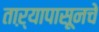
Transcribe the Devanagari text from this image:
ताऱ्यापासूनचे